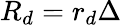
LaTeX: R_{d}=r_{d}\Delta